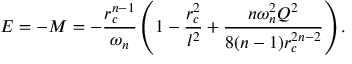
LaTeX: E = - M = - \frac { r _ { c } ^ { n - 1 } } { \omega _ { n } } \left( 1 - \frac { r _ { c } ^ { 2 } } { l ^ { 2 } } + \frac { n \omega _ { n } ^ { 2 } Q ^ { 2 } } { 8 ( n - 1 ) r _ { c } ^ { 2 n - 2 } } \right) .